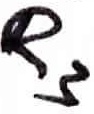
Text: R3